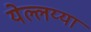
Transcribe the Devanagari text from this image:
येल्लय्या